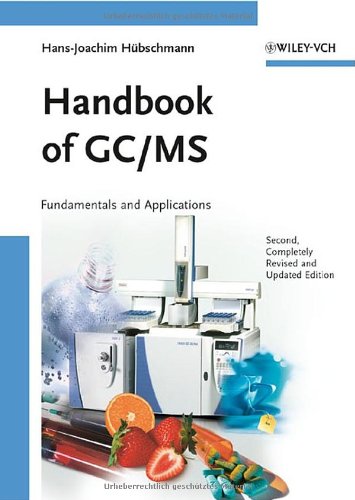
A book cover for Handbook of GC/MS: Fundamentals and Applications; Hans-Joachim HÃ¼bschmann; Science & Math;